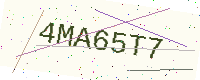
Text: 4MA65T7